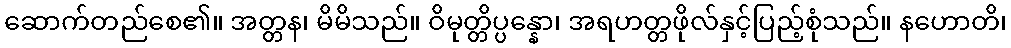
ဆောက်တည်စေ၏။ အတ္တန၊ မိမိသည်။ ဝိမုတ္တိပ္ပန္နော၊ အရဟတ္တဖိုလ်နှင့်ပြည့်စုံသည်။ နဟောတိ၊